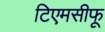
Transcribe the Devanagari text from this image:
टिएमसीफू